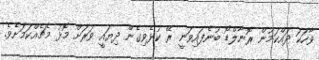
ވާހަކަ ދައްކަމުން ރޮނާލްޑޯ ބުނެފައިވަނީ ރޭ ކުޅެވިގެން ދިޔައީ ވަރަށް މޮޅު މެޗެއްކަމަށެވެ.